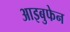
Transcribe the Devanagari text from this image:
आइबुफेन